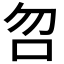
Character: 𠯳